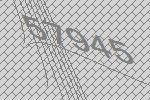
57945